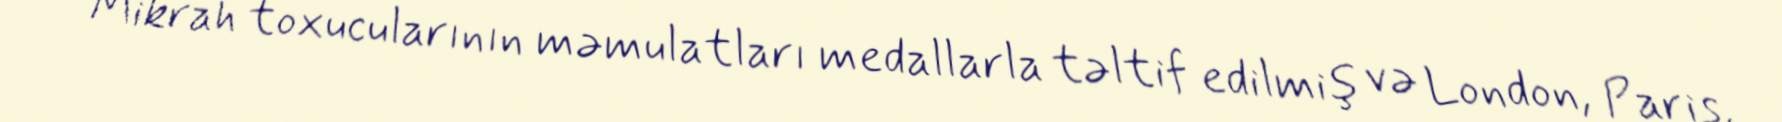
Mikrah toxucularının məmulatları medallarla təltif edilmiş və London, Paris,